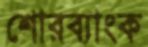
শোরব্যাংক